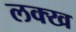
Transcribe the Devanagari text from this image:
लक्ख